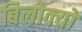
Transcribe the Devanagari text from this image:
बिलोक्यों